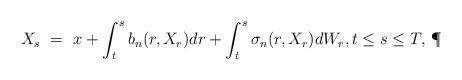
LaTeX: \begin{align*}X_s \ = \ x + \int_t^s b_n(r,X_r) dr + \int_t^s \sigma_n(r,X_r) dW_r, t \leq s \leq T,\,\P\end{align*}